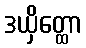
ဒယှိတ္ထော